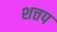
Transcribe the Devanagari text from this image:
शत्तप